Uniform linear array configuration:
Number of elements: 64
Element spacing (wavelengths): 0.25
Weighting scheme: cosine
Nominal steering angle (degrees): -15
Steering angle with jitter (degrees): -16.087
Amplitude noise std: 0.05
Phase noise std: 0.05

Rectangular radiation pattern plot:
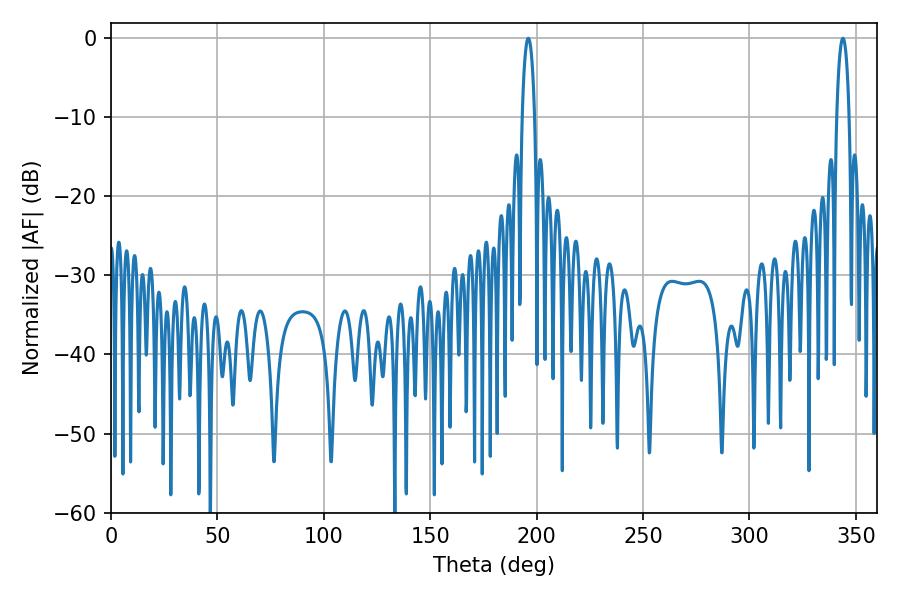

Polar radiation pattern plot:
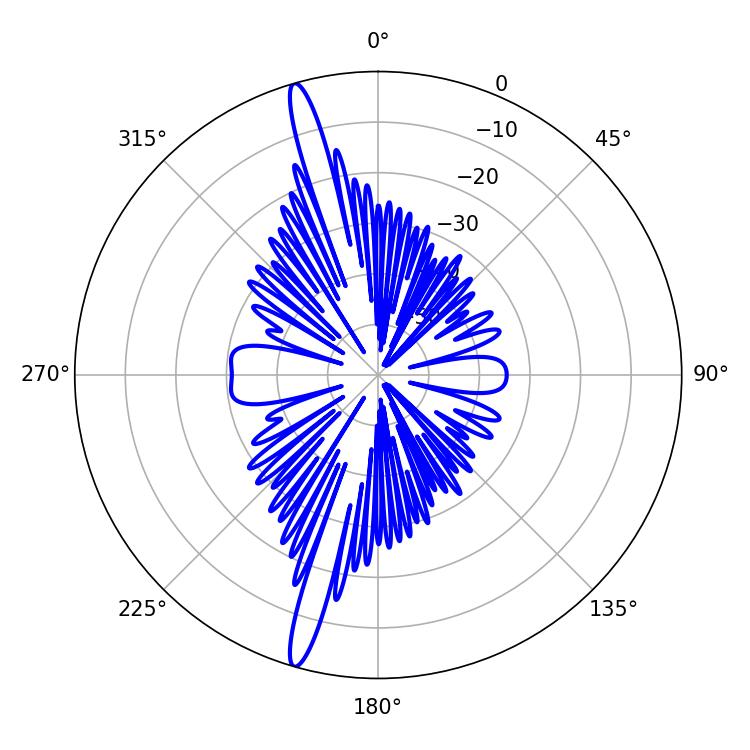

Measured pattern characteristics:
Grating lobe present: FALSE
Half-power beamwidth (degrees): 3.42
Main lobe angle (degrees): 196.02